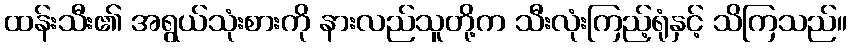
ထန်းသီး၏ အရွယ်သုံးစားကို နားလည်သူတို့က သီးလုံးကြည့်ရုံနှင့် သိကြသည်။